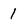
Character: 1